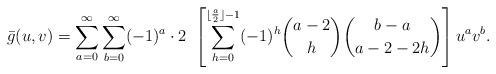
LaTeX: \begin{align*} \bar{g}(u,v) = \sum_{a=0}^{\infty} \sum_{b=0}^{\infty} (-1)^a \cdot 2 \ \left[ \sum_{h=0}^{\lfloor \frac{a}{2} \rfloor -1} (-1)^h \binom{a-2}{h} \binom{b-a}{a-2-2h} \right] u^av^b. \end{align*}